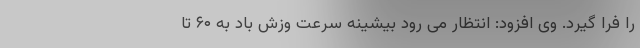
را فرا گیرد. وی افزود: انتظار می رود بیشینه سرعت وزش باد به ۶۰ تا